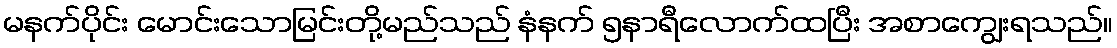
မနက်ပိုင်း မောင်းသောမြင်းတို့မည်သည် နံနက် ၅နာရီလောက်ထပြီး အစာကျွေးရသည်။